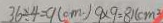
3 6 \div 4 = 9 ( c m ) 9 \times 9 = 8 1 ( c m ^ { 2 }